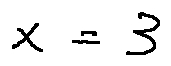
x = 3